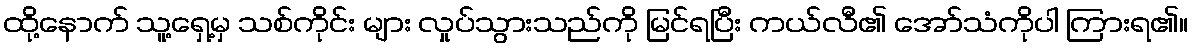
ထို့နောက် သူ့ရှေ့မှ သစ်ကိုင်း များ လှုပ်သွားသည်ကို မြင်ရပြီး ကယ်လီ၏ အော်သံကိုပါ ကြားရ၏။